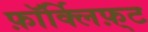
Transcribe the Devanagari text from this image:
फ़ॉर्क्लिफ़्ट